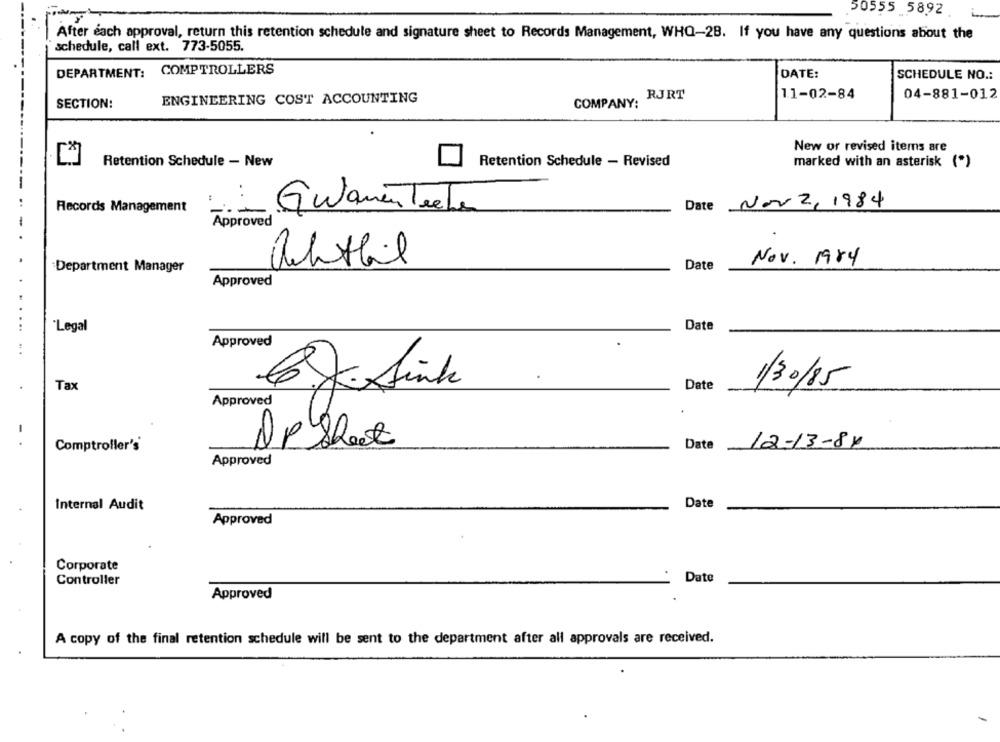
50555 5892
After each approval, return this retention schedule and signature sheet to Records Management, WHO-28. If you have any questions about the
schedule, call ext. 773-5055.
DEPARTMENT: COMPTROLLERS
DATE:
SCHEDULE NO .:
RJRT
11-02-84
04-881-012
ENGINEERING COST ACCOUNTING
COMPANY:
SECTION:
New or revised items are
Retention Schedule - New
Retention Schedule - Revised
marked with an asterisk (*)
. .
Records Management
Date Nov 2, 1984
Gwamen Teeter
Approved
Department Manager
achtbil
Date
Nov. 1984
Approved
"Legal
Date
Approved
Date
Tax
6JAink
1/30/85
Approved
APShet
Date 12-13-84
Comptroller's
Approved
Date
Internal Audit
Approved
Corporate
Date
Controller
Approved
A copy of the final retention schedule will be sent to the department after all approvals are received.